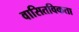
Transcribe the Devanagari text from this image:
वासितविकता